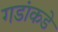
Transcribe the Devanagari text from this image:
गडांकडे